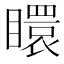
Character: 䁵